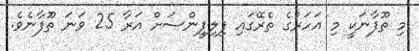
މި ތޫފާނަކީ މި އަހަރުގެ ތެރޭގައި ފިލިޕީންސަށް އަރާ 25 ވަނަ ތޫފާނެވެ.